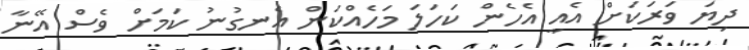
ދިޔަ ވަރަކަށް އެއީ އެހެން ކަހަލަ މަހެއްކަން އެނގުނު ކަމަށް ވެސް އޭނާ